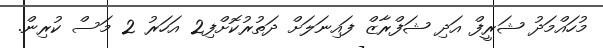
މުހައްމަދު ޝަރީފް އަދި ޝަފްރާޒް ފައިނަލަށް ދަތުރުކޮށްފި2 އަހަރު 2 މަސް ކުރިން.